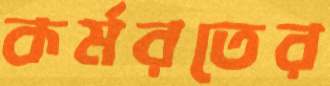
কর্মরতের